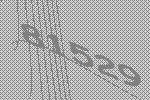
81529